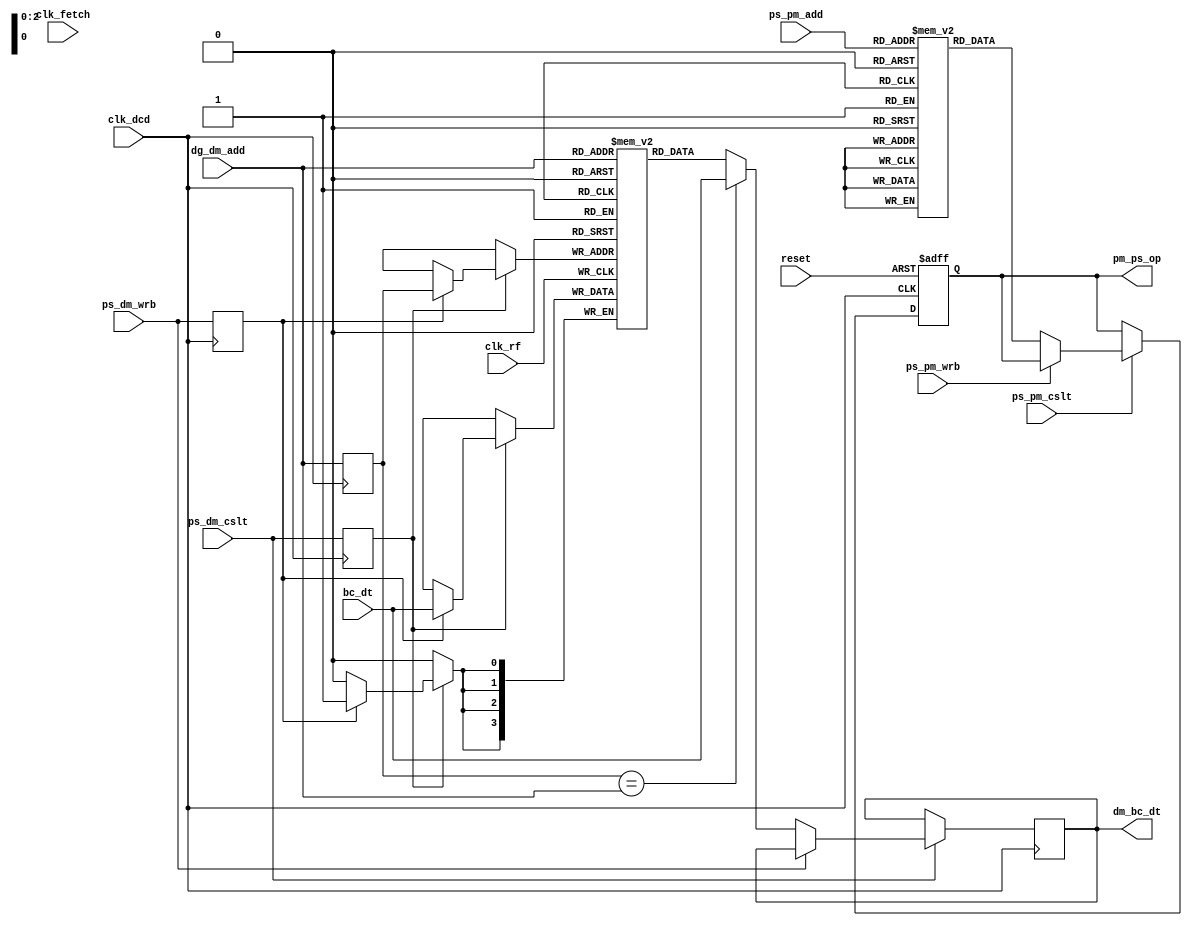
module memory #(parameter 
           `ifdef IGNORE
                   PM_LOCATE, DM_LOCATE,
           `endif
                    PMA_SIZE=3, PMD_SIZE=8, DMA_SIZE=3, DMD_SIZE=4)
			(
				input wire clk_fetch,clk_dcd,clk_rf, reset,
				input wire ps_pm_cslt, ps_dm_cslt,
				input wire[PMA_SIZE-1:0] ps_pm_add,
				//input wire[PMD_SIZE-1:0] pmDataIn, (future scope)
				input wire ps_pm_wrb, ps_dm_wrb,
				input wire[DMA_SIZE-1:0] dg_dm_add,
				input wire[DMD_SIZE-1:0] bc_dt,
				output reg[PMD_SIZE-1:0] pm_ps_op,
				output reg[DMD_SIZE-1:0] dm_bc_dt
			);


//------------------------------------------------------------------------------------------------------------------------------------
//					PM reading
//------------------------------------------------------------------------------------------------------------------------------------
		reg [PMD_SIZE-1:0] pmInsts [(2**PMA_SIZE)-1:0];
		reg [PMD_SIZE-1:0] pmWithCall [(2**PMA_SIZE)-1:0];	

		integer address, calladdress=0;
		integer file, i;

`ifdef IGNORE
		initial
		begin
			$readmemh(PM_LOCATE,pmInsts);
			//stop iterating at 32'hx. Compare with 32'haaaa_aaaa (unused opcode) instead.
			//verilog can't seem to compare 32'hx.
			for(address=0; pmInsts[address[PMA_SIZE-1:0]]!=32'haaaa_aaaa;address=address+1)		
			begin
				//if we detect MSB 16 bits as 1s, it means lsb bits 
				//represent call pm address if(&( pmInsts [address[15:0]] [31:16] ))
				if(&( pmInsts [address[PMA_SIZE-1:0]] [PMD_SIZE-1:PMD_SIZE/2] ))		
				begin
					calladdress=pmInsts[address[PMA_SIZE-1:0]];	//address obtained from opcode lsb16
					address=address+1;				
				end				
				pmWithCall[calladdress[PMA_SIZE-1:0]]=pmInsts[address[PMA_SIZE-1:0]];
				calladdress=calladdress+1;

				//Overwriting when calladdress resets and next
				//instruction is not a CALL instruction
				if(calladdress[PMA_SIZE-1:0]==16'h0 & ~(&(pmInsts[address[PMA_SIZE-1:0]+1][PMD_SIZE-1:PMD_SIZE/2])))
				begin
					$display("/////////////////////////////////////////////////////////////////////////////");
					$display("\\\\\\\\\\\\\\\\\\\\\\\\\\\\\\\\nCaution. Starting locations overwritten\\\\\\\\\\\\\\\\\\\\\\\\\\\\\\\\n");
					$display("/////////////////////////////////////////////////////////////////////////////");
				end
			end
		//================================================================================================================================================
			//below commented part used for checking opcode location after rearranging based on CALL. Ignore....
			/*file=$fopen("C:\\\\\\\\\\\\\\\\\\\\\\\\\\\\\\\\\\\\\\\\\\\\\\\\\\\\\\\\\\\\\\\\Users\\\\\\\\\\\\\\\\\\\\\\\\\\\\\\\\\\\\\\\\\\\\\\\\\\\\\\\\\\\\\\\\Ashwin-Pradeep\\\\\\\\\\\\\\\\\\\\\\\\\\\\\\\\\\\\\\\\\\\\\\\\\\\\\\\\\\\\\\\\Desktop\\\\\\\\\\\\\\\\\\\\\\\\\\\\\\\\\\\\\\\\\\\\\\\\\\\\\\\\\\\\\\\\Project-Final-Year\\\\\\\\\\\\\\\\\\\\\\\\\\\\\\\\\\\\\\\\\\\\\\\\\\\\\\\\\\\\\\\\GIT-repo\\\\\\\\\\\\\\\\\\\\\\\\\\\\\\\\\\\\\\\\\\\\\\\\\\\\\\\\\\\\\\\\memory_files\\\\\\\\\\\\\\\\\\\\\\\\\\\\\\\\\\\\\\\\\\\\\\\\\\\\\\\\\\\\\\\\pm_CALL\\\\\\\\\\\\\\\\\\\\\\\\\\\\\\\\\\\\\\\\\\\\\\\\\\\\\\\\\\\\\\\\calling\\\\\\\\\\\\\\\\\\\\\\\\\\\\\\\\\\\\\\\\\\\\\\\\\\\\\\\\\\\\\\\\pm_file.txt","w");
			for(i=0;i<2**PMA_SIZE;i=i+1)
			begin
				//$fdisplay(file, i[PMA_SIZE-1:0]);
				$fdisplayh(file, i[PMA_SIZE-1:0], "\\\\\\\\\\\\\\\\\\\\\\\\\\\\\\\\t", pmWithCall[i[PMA_SIZE-1:0]]);
			end
			$fclose(file);*/
		//================================================================================================================================================	
	    end

`else
        initial
        begin
            for(address=0;address<2**PMA_SIZE;address=address+1)
               pmWithCall[address[PMA_SIZE-1:0]]={PMA_SIZE{1'h0}};
        end
`endif

		always@(posedge clk_dcd or negedge reset)
		if(~reset)
			pm_ps_op<=0;
		else
		begin
			if(ps_pm_cslt)
			begin
					//PM reading
					if(~ps_pm_wrb)
					begin
						pm_ps_op<=pmWithCall[ps_pm_add];
					end
					//else   //writing condition. data from assembler or PM(I,M)=ureg instruction (future expansion scope)
		    	end
		end
		

//------------------------------------------------------------------------------------------------------------------------
//				DM reading and writing
//------------------------------------------------------------------------------------------------------------------------
		
		reg [DMD_SIZE-1:0] dmData [(2**DMA_SIZE)-1:0];
		reg [DMD_SIZE-1:0] dm [2*(2**DMA_SIZE)-1:0];	//with address

		reg dm_cslt;
		reg dm_wrb;
		reg [DMA_SIZE-1:0] dm_add;
		wire [DMD_SIZE-1:0] dmBypData;

`ifdef IGNORE
	//----------------------------------------------------------------------------------------
		//Initially open and close to clear the DM file
		initial
		begin
			/*file=$fopen(DM_LOCATE,"w");
			$fclose(file);*/
		end
	
	//Comment above initial block if you want to access DM data present in data memory before startup.
	//----------------------------------------------------------------------------------------


		//initially load DM data from DM file (required when DM contains data to be read before startup)
		initial
		begin
			$readmemh(DM_LOCATE,dm);
			for(i=0; i<(2*(2**DMA_SIZE)); i=i+2)
			begin
				dmData[i/2]=dm[i+1];    //here address is to be discarded. Hence we read two words at a time
			end
		end
`endif

		//DM bypass
		assign dmBypData = (dm_add==dg_dm_add) ? bc_dt : dmData[dg_dm_add];
		

		//DM reading
		always@(posedge clk_dcd)
		begin
			if(ps_dm_cslt)
			begin
				if(~ps_dm_wrb)
				begin
					dm_bc_dt<=dmBypData;
				end
			end
		end
		
		//control signal latching for writing purpose only (Write to memory at execute+1 cycle)
		always@(posedge clk_dcd)
		begin
			dm_cslt <= ps_dm_cslt;
			dm_wrb <= ps_dm_wrb;
			dm_add<=dg_dm_add;
		end

		//DM writing
		always@(posedge clk_rf )
		begin
			if(dm_cslt)
			begin
				if(dm_wrb)
				begin
					dmData[dm_add][DMD_SIZE-1:0] = bc_dt ;
`ifdef IGNORE
					file=$fopen(DM_LOCATE);
					for(i=0; i<(2**DMA_SIZE); i=i+1)
					begin
						$fdisplayh(file, i[DMA_SIZE-1:0], "\\\\\\\\\\\\\\\\\\\\\\\\\\\\\\\\t", dmData[i]);
					end
					$fclose(file);
`endif
				end
			end
		end

endmodule